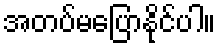
အတပ်မပြောနိုင်ပါ။